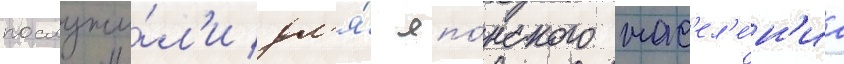
послужи́л'и дл'я́ япо́нского нас'ел'е́н'иа